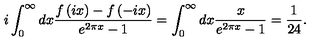
i \int _ { 0 } ^ { \infty } d x \frac { f \left( i x \right) - f \left( - i x \right) } { e ^ { 2 \pi x } - 1 } = \int _ { 0 } ^ { \infty } d x \frac { x } { e ^ { 2 \pi x } - 1 } = \frac { 1 } { 2 4 } .